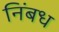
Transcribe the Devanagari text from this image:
निंबध